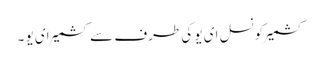
کشمیرکونسل ای یو کی طرف سے کشمیرای یو ۔